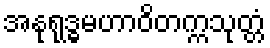
အနုရုဒ္ဓမဟာဝိတက္ကသုတ္တံ